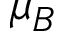
\mu _ { B }